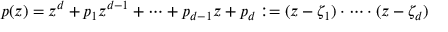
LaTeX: p ( z ) = z ^ { d } + p _ { 1 } z ^ { d - 1 } + \cdots + p _ { d - 1 } z + p _ { d } : = ( z - \zeta _ { 1 } ) \cdot \cdots \cdot ( z - \zeta _ { d } )